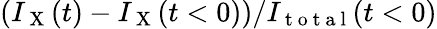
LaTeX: \left(I_{\mathrm{~X~}}(t)-I_{\mathrm{~X~}}(t<0)\right)/I_{\mathrm{~t~o~t~a~l~}}(t<0)